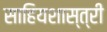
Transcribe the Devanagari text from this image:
साहियशास्त्री